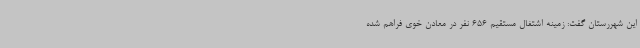
این شهررستان گفت: زمینه اشتغال مستقیم 656 نفر در معادن خوی فراهم شده